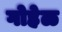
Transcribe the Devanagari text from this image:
गोहेळ